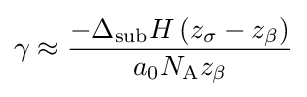
\gamma \approx {\frac {-\Delta _{\text{sub}}H\left(z_{\sigma }-z_{\beta }\right)}{a_{0}N_{\text{A}}z_{\beta }}}